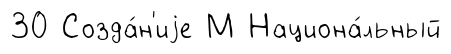
30 Созда́н'иjе М Национа́льный